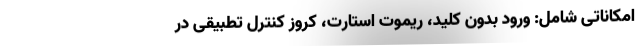
امکاناتی شامل: ورود بدون کلید، ریموت استارت، کروز کنترل تطبیقی در